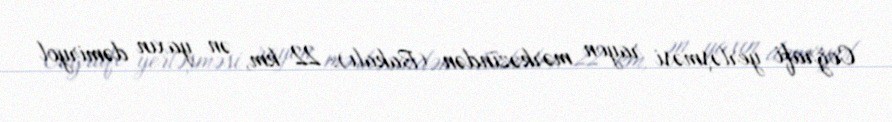
Coğrafi yerləşməsi rayon mərkəzindən (Bakalı): 22 km, ən yaxın dəmiryol